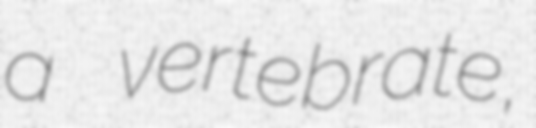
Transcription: a vertebrate,